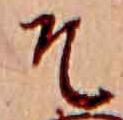
そ